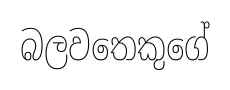
බලවතෙකුගේ